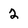
Character: 2